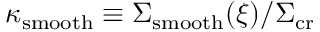
\kappa _ { \mathrm { s m o o t h } } \equiv \Sigma _ { \mathrm { s m o o t h } } ( \boldsymbol { \xi } ) / \Sigma _ { \mathrm { c r } }